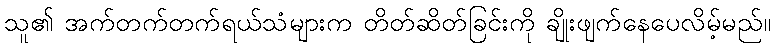
သူ၏ အက်တက်တက်ရယ်သံများက တိတ်ဆိတ်ခြင်းကို ချိုးဖျက်နေပေလိမ့်မည်။